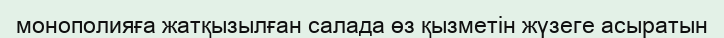
монополияға жатқызылған салада өз қызметін жүзеге асыратын